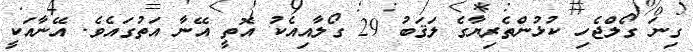
ގިނަ ގޯލްޖެހި ކުޅުންތެރިޔާގެ ލަޤަބު 29 ގޯލާއިއެކު އޮތީ އޭނާ އަތުގައެވެ. އޭނާއަކީ